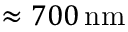
\approx 7 0 0 \, \mathrm { n m }